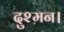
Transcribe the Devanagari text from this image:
दुश्मन।